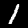
Label: 1